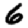
Digit: 6